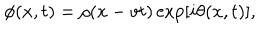
\phi ( x , t ) = \rho ( x - v t ) \exp [ i \theta ( x , t ) ] ,